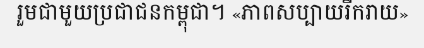
រួមជាមួយប្រជាជនកម្ពុជា។ «ភាពសប្បាយរីករាយ»